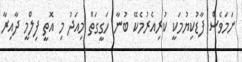
ނަމަވެސް ފާޑުކިޔުމަކީ ކުރިއެރުމެކޭ ބުނާ ހަގީގަތް މިއަދު މި އޮތީ ފިލްމީ ދާއިރާ